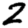
Digit: 2